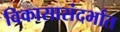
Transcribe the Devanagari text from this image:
विकासासंदर्भात